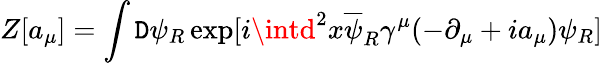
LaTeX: Z[a_{\mu}]=\int\mathtt{D}\psi_{R}\exp[i\intd^{2}x\overline{{{{\psi}}}}_{R}\gamma^{\mu}(-\partial_{\mu}+ia_{\mu})\psi_{R}]